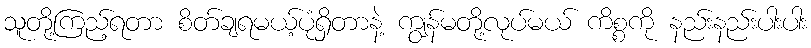
သူတို့ကြည့်ရတာ စိတ်ချရမယ့်ပုံရှိတာနဲ့ ကျွန်မတို့လုပ်မယ် ကိစ္စကို နည်းနည်းပါးပါး